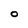
Character: O